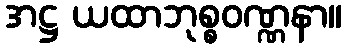
အဋ္ဌ ယထာဘုစ္စဝဏ္ဏနာ။